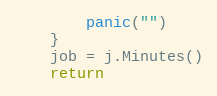
Language: Go
		panic("")
	}
	job = j.Minutes()
	return